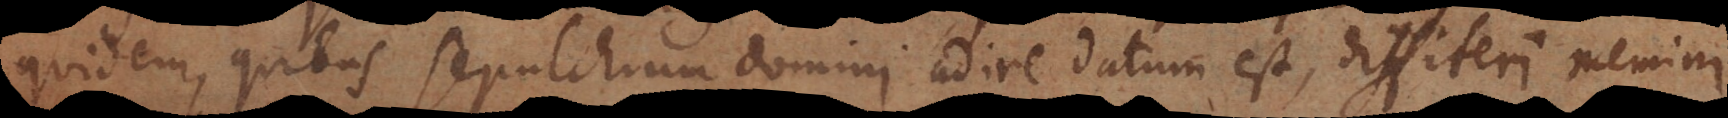
quidem, quibus sepulchrum domini adire datum est, diffiteri memini